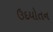
ઉદયોતન